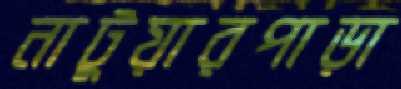
নাটুয়ারপাড়া